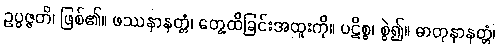
ဥပ္ပဇ္ဇတိ၊ ဖြစ်၏။ ဖဿနာနတ္တံ၊ တွေ့ထိခြင်းအထူးကို။ ပဋိစ္စ၊ စွဲ၍။ ဓာတုနာနတ္တံ၊